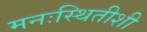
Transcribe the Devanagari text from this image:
मनःस्थितीशी